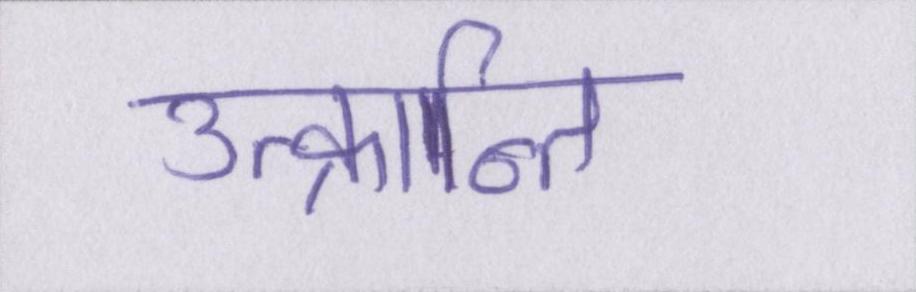
उत्क्रान्ति